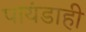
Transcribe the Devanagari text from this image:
पायंडाही